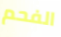
الفحم